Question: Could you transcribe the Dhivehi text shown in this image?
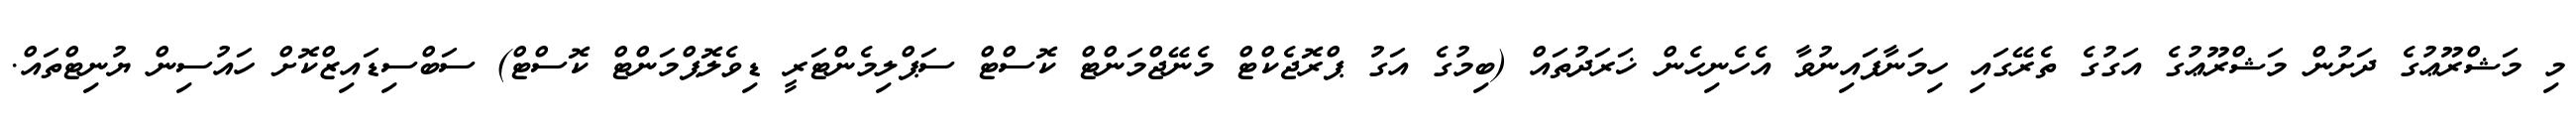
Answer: މި މަޝްރޫޢުގެ ދަށުން މަޝްރޫޢުގެ އަގުގެ ތެރޭގައި ހިމަނާފައިނުވާ އެހެނިހެން ޚަރަދުތައް (ބިމުގެ އަގު ޕްރޮޖެކްޓް މެނޭޖްމަންޓް ކޮސްޓް ސަޕްލިމެންޓަރީ ޑިވެލޮޕްމަންޓް ކޮސްޓް) ސަބްސިޑައިޒްކޮށް ހައުސިން ޔުނިޓްތައް.